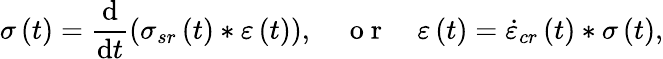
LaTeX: \sigma\left(t\right)=\frac{\mathrm{d}}{\mathrm{d}t}\left(\sigma_{sr}\left(t\right)\ast\varepsilon\left(t\right)\right),\quad\mathrm{~o~r~}\quad\varepsilon\left(t\right)=\dot{\varepsilon}_{cr}\left(t\right)\ast\sigma\left(t\right),